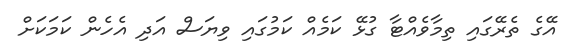
އޭގެ ތެރޭގައި ތިމާވެއްޓާ ގުޅޭ ކަމެއް ކަމުގައި ވިޔަސް އަދި އެހެން ކަމަކަށް